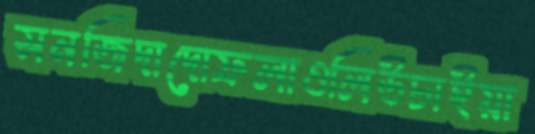
সনজিদাদোফলাওলিউচাইয়া